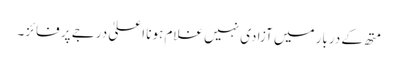
متھ کے دربار میں آزادی نہیں غلام ہونا اعلیٰ درجے پر فائز۔